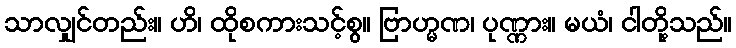
သာလျှင်တည်း။ ဟိ၊ ထိုစကားသင့်စွ။ ဗြာဟ္မဏ၊ ပုဏ္ဏား။ မယံ၊ ငါတို့သည်။